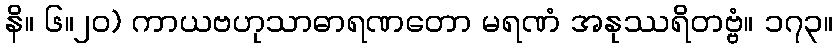
နိ။ ၆။၂၀) ကာယဗဟုသာဓာရဏတော မရဏံ အနုဿရိတဗ္ဗံ။ ၁၇၃။